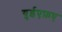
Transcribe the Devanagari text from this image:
युईएफ़ए